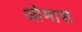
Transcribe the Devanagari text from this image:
ओमास